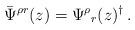
LaTeX: \begin{align*}\bar{\Psi}^{\rho r}(z)=\Psi^{\rho}{}_{r}(z)^{\dagger}\,.\end{align*}